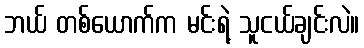
ဘယ် တစ်ယောက်က မင်းရဲ့ သူငယ်ချင်းလဲ။